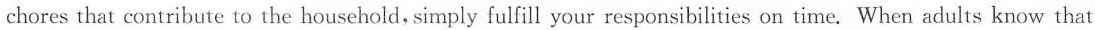
chores that contribute to the household, simply fulfill your responsibilities on time. When adults know that